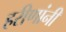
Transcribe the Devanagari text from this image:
हरीणांनी